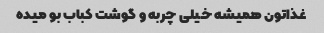
غذاتون همیشه خیلی چربه و گوشت کباب بو میده